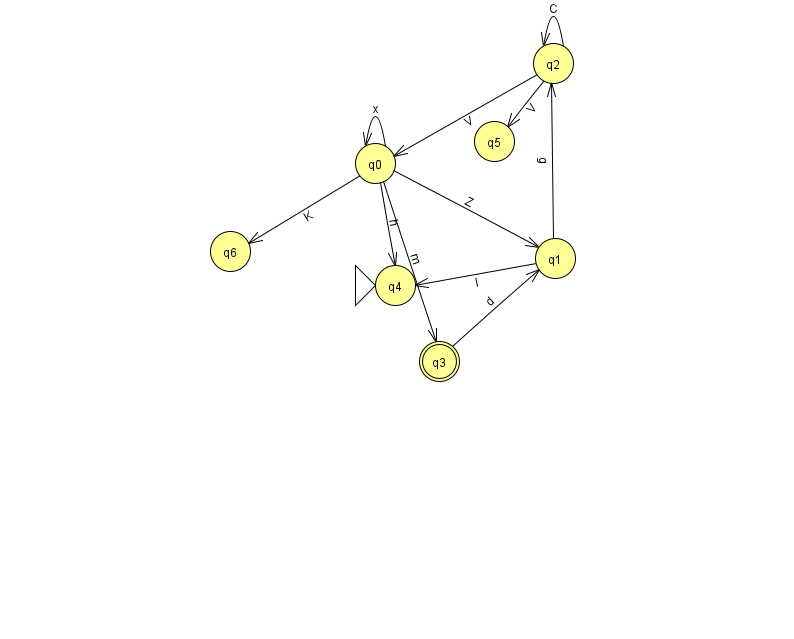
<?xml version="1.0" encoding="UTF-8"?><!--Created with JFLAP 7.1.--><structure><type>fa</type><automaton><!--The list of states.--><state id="0" name="q0"><x>375.0</x><y>150.0</y></state><state id="1" name="q1"><x>555.0</x><y>245.0</y></state><state id="2" name="q2"><x>553.0</x><y>50.0</y></state><state id="3" name="q3"><x>439.0</x><y>348.0</y><final/></state><state id="4" name="q4"><x>395.0</x><y>272.0</y><initial/></state><state id="5" name="q5"><x>494.0</x><y>128.0</y></state><state id="6" name="q6"><x>230.0</x><y>238.0</y></state><!--The list of transitions.--><transition><from>1</from><to>2</to><read>g</read></transition><transition><from>2</from><to>0</to><read>V</read></transition><transition><from>2</from><to>2</to><read>C</read></transition><transition><from>0</from><to>6</to><read>K</read></transition><transition><from>0</from><to>3</to><read>m</read></transition><transition><from>2</from><to>5</to><read>V</read></transition><transition><from>0</from><to>0</to><read>x</read></transition><transition><from>0</from><to>1</to><read>Z</read></transition><transition><from>0</from><to>4</to><read>h</read></transition><transition><from>1</from><to>4</to><read>I</read></transition><transition><from>3</from><to>1</to><read>d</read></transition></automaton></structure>